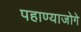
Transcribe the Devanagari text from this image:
पहाण्याजोगे